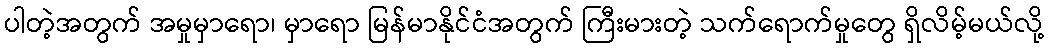
ပါတဲ့အတွက် အမှုမှာရော၊ မှာရော မြန်မာနိုင်ငံအတွက် ကြီးမားတဲ့ သက်ရောက်မှုတွေ ရှိလိမ့်မယ်လို့